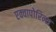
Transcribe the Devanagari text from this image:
एक्वापोरिन्स